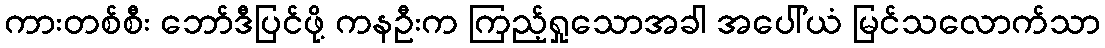
ကားတစ်စီး ဘော်ဒီပြင်ဖို့ ကနဦးက ကြည့်ရှုသောအခါ အပေါ်ယံ မြင်သလောက်သာ